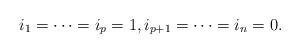
LaTeX: \begin{align*}i_1=\cdots=i_p=1,i_{p+1}=\cdots=i_{n}=0.\end{align*}